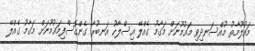
މައުލޫމާތު މުއްސަނދިވި މައުމޫނަށް މަގާމު ގެއްލޭ އިސްލާހު އަނބުރާ ގެންގޮސްފިމައުމޫނަށް މަގާމު ގެއްލޭ